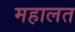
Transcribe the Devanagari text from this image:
महालत